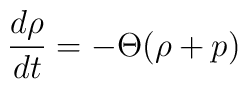
\frac{d \rho}{dt}=-\Theta (\rho+p)